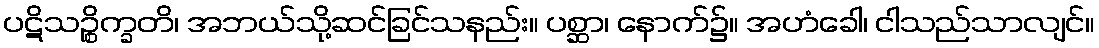
ပဋိသဉ္စိက္ခတိ၊ အဘယ်သို့ဆင်ခြင်သနည်း။ ပစ္ဆာ၊ နောက်၌။ အဟံခေါ၊ ငါသည်သာလျင်။